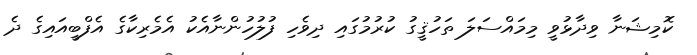
ކޮމިޝަނާ ވިދާޅުވީ މިމައްސަލަ ތަހުޤީގު ކުރުމުގައި ދިވެހި ފުލުހުންނާއެކު އެމެރިކާގެ އެފްބީއައިގެ ދެ